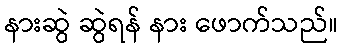
နားဆွဲ ဆွဲရန် နား ဖောက်သည်။